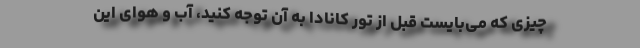
چیزی که می‌بایست قبل از تور کانادا به آن توجه کنید، آب و هوای این